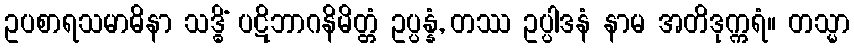
ဥပစာရသမာဓိနာ သဒ္ဓိံ ပဋိဘာဂနိမိတ္တံ ဥပ္ပန္နံ, တဿ ဥပ္ပါဒနံ နာမ အတိဒုက္ကရံ။ တသ္မာ